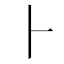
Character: ⺊